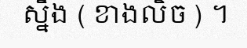
ស្នឹង ( ខាងលិច ) ។